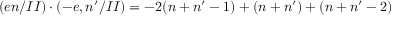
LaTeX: ( e n / I I ) \cdot ( - e , n ^ { \prime } / I I ) = - 2 ( n + n ^ { \prime } - 1 ) + ( n + n ^ { \prime } ) + ( n + n ^ { \prime } - 2 )